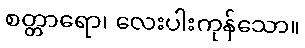
စတ္တာရော၊ လေးပါးကုန်သော။